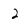
Character: 2